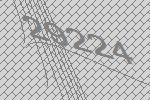
29224